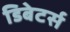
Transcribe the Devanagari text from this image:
डिबेटर्स